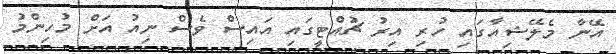
އޭނާ މެލޭޝިއާގައި ހުރި އިރު ޗުއްޓީގައި އައިސް ވެސް ނިއު އަށް މުހިންމު